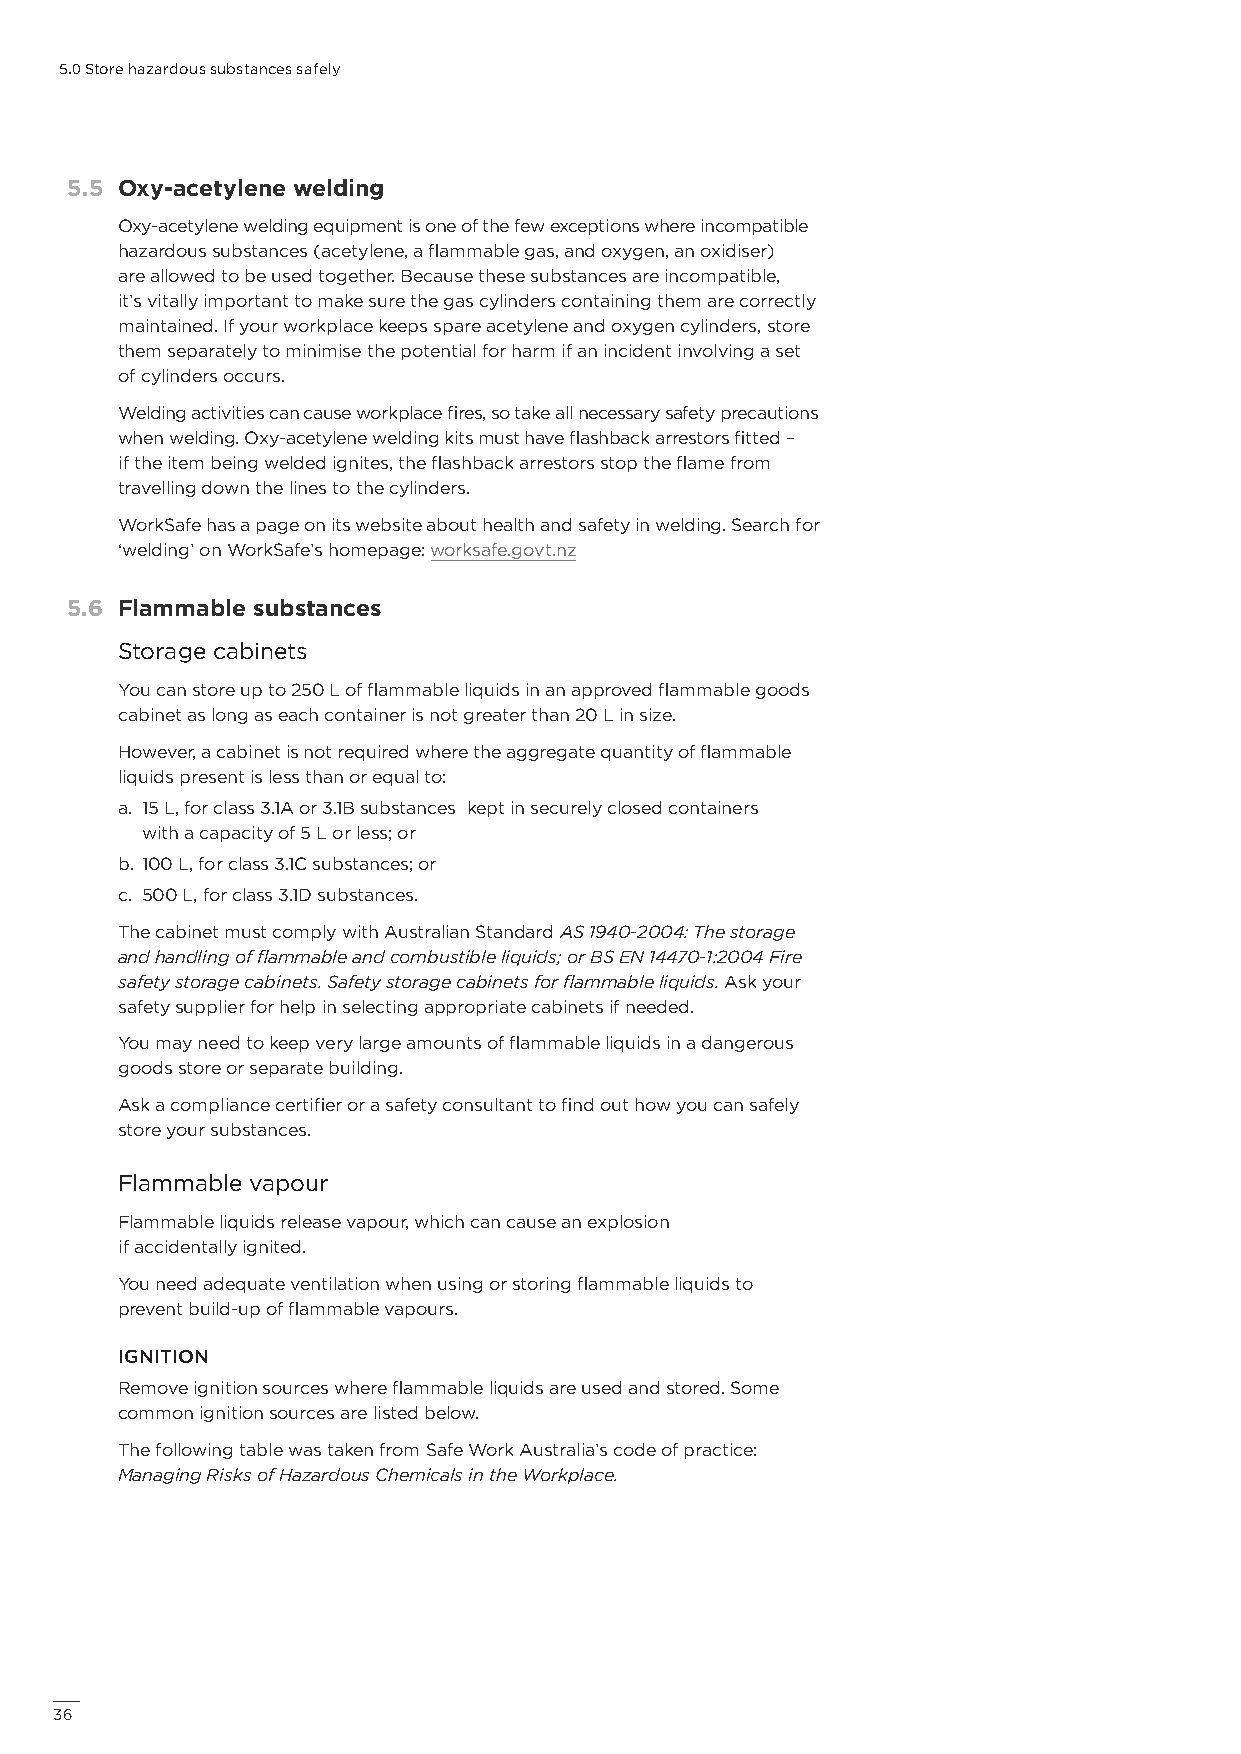
5.0 Store hazardous substances safely
 5.5 Oxy-acetylene welding
 Oxy-acetylene welding equipment is one of the few exceptions where incompatible
 hazardous substances (acetylene, a flammable gas, and oxygen, an oxidiser)
 are allowed to be used together. Because these substances are incompatible,
 it’s vitally important to make sure the gas cylinders containing them are correctly
 maintained. If your workplace keeps spare acetylene and oxygen cylinders, store
 them separately to minimise the potential for harm if an incident involving a set
 of cylinders occurs.
 Welding activities can cause workplace fires, so take all necessary safety precautions
 when welding. Oxy-acetylene welding kits must have flashback arrestors fitted –
 if the item being welded ignites, the flashback arrestors stop the flame from
 travelling down the lines to the cylinders.
 WorkSafe has a page on its website about health and safety in welding. Search for
 ‘welding’ on WorkSafe’s homepage: worksafe.govt.nz
 5.6 Flammable substances
 Storage cabinets
 You can store up to 250 L of flammable liquids in an approved flammable goods
 cabinet as long as each container is not greater than 20 L in size.
 However, a cabinet is not required where the aggregate quantity of flammable
 liquids present is less than or equal to:
 a. 15 L, for class 3.1A or 3.1B substances kept in securely closed containers
 with a capacity of 5 L or less; or
 b. 100 L, for class 3.1C substances; or
 c. 500 L, for class 3.1D substances.
 The cabinet must comply with Australian Standard AS 1940-2004: The storage
 and handling of flammable and combustible liquids; or BS EN 14470-1:2004 Fire
 safety storage cabinets. Safety storage cabinets for flammable liquids. Ask your
 safety supplier for help in selecting appropriate cabinets if needed.
 You may need to keep very large amounts of flammable liquids in a dangerous
 goods store or separate building.
 Ask a compliance certifier or a safety consultant to find out how you can safely
 store your substances.
 Flammable vapour
 Flammable liquids release vapour, which can cause an explosion
 if accidentally ignited.
 You need adequate ventilation when using or storing flammable liquids to
 prevent build-up of flammable vapours.
 IGNITION
 Remove ignition sources where flammable liquids are used and stored. Some
 common ignition sources are listed below.
 The following table was taken from Safe Work Australia’s code of practice:
 Managing Risks of Hazardous Chemicals in the Workplace.
 36